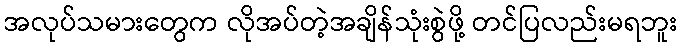
အလုပ်သမားတွေက လိုအပ်တဲ့အချိန်သုံးစွဲဖို့ တင်ပြလည်းမရဘူး